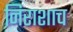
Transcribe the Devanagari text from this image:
निराशाच